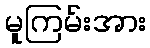
မူကြမ်းအား